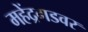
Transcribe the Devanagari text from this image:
महेंद्रगडवर